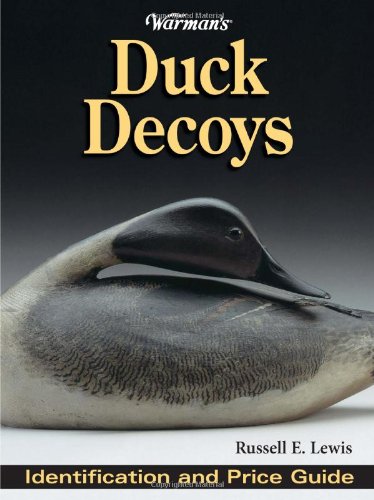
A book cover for Warman's Duck Decoys; Russell Lewis; Crafts, Hobbies & Home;